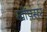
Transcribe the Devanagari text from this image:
खींपसर